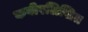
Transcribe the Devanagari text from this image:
कबीरलिखित